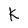
Character: k